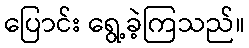
ပြောင်း ရွေ့ခဲ့ကြသည်။